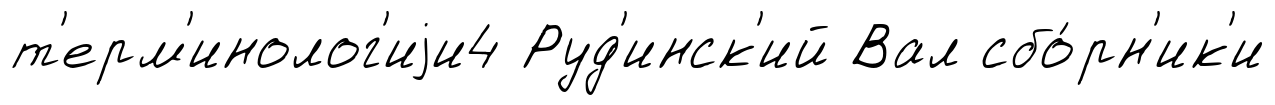
т'ерм'инолог'иjи4 Руд'инск'ий Вал сбо́рн'ик'и